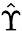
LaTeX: \hat{\Upsilon}